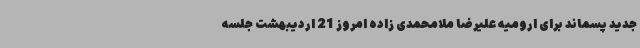
جدید پسماند برای ارومیه علیرضا ملامحمدی زاده امروز 21 اردیبهشت جلسه